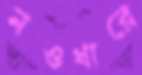
নওধারে